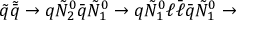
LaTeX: { \tilde { q } } { \tilde { \bar { q } } } \rightarrow q { \tilde { N } } _ { 2 } ^ { 0 } { \bar { q } } { \tilde { N } } _ { 1 } ^ { 0 } \rightarrow q { \tilde { N } } _ { 1 } ^ { 0 } \ell { \bar { \ell } } { \bar { q } } { \tilde { N } } _ { 1 } ^ { 0 } \rightarrow